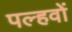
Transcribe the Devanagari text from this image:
पल्हवों